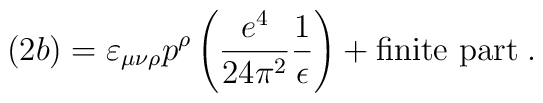
(2b) = \varepsilon_{\mu\nu\rho} p^\rho\left(\frac{e^4}{24\pi^2}\frac{1}{\epsilon}\right) + \mbox{finite part}\; .